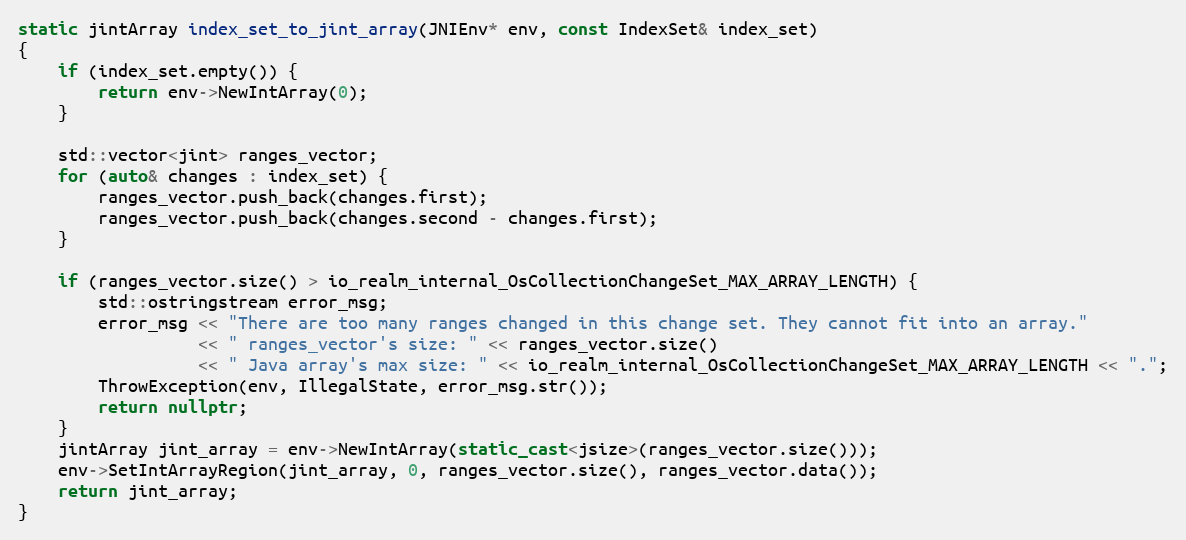
Language: C++
static jintArray index_set_to_jint_array(JNIEnv* env, const IndexSet& index_set)
{
    if (index_set.empty()) {
        return env->NewIntArray(0);
    }

    std::vector<jint> ranges_vector;
    for (auto& changes : index_set) {
        ranges_vector.push_back(changes.first);
        ranges_vector.push_back(changes.second - changes.first);
    }

    if (ranges_vector.size() > io_realm_internal_OsCollectionChangeSet_MAX_ARRAY_LENGTH) {
        std::ostringstream error_msg;
        error_msg << "There are too many ranges changed in this change set. They cannot fit into an array."
                  << " ranges_vector's size: " << ranges_vector.size()
                  << " Java array's max size: " << io_realm_internal_OsCollectionChangeSet_MAX_ARRAY_LENGTH << ".";
        ThrowException(env, IllegalState, error_msg.str());
        return nullptr;
    }
    jintArray jint_array = env->NewIntArray(static_cast<jsize>(ranges_vector.size()));
    env->SetIntArrayRegion(jint_array, 0, ranges_vector.size(), ranges_vector.data());
    return jint_array;
}